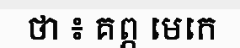
ថា ៖ គព្ភ មេកេ